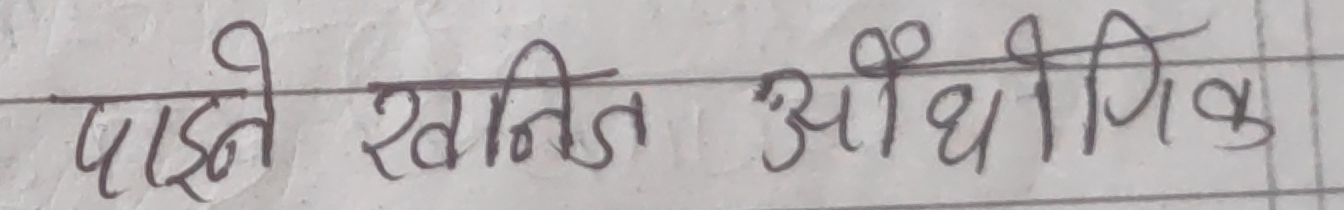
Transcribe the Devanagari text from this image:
पाइने खनित औद्योगिक